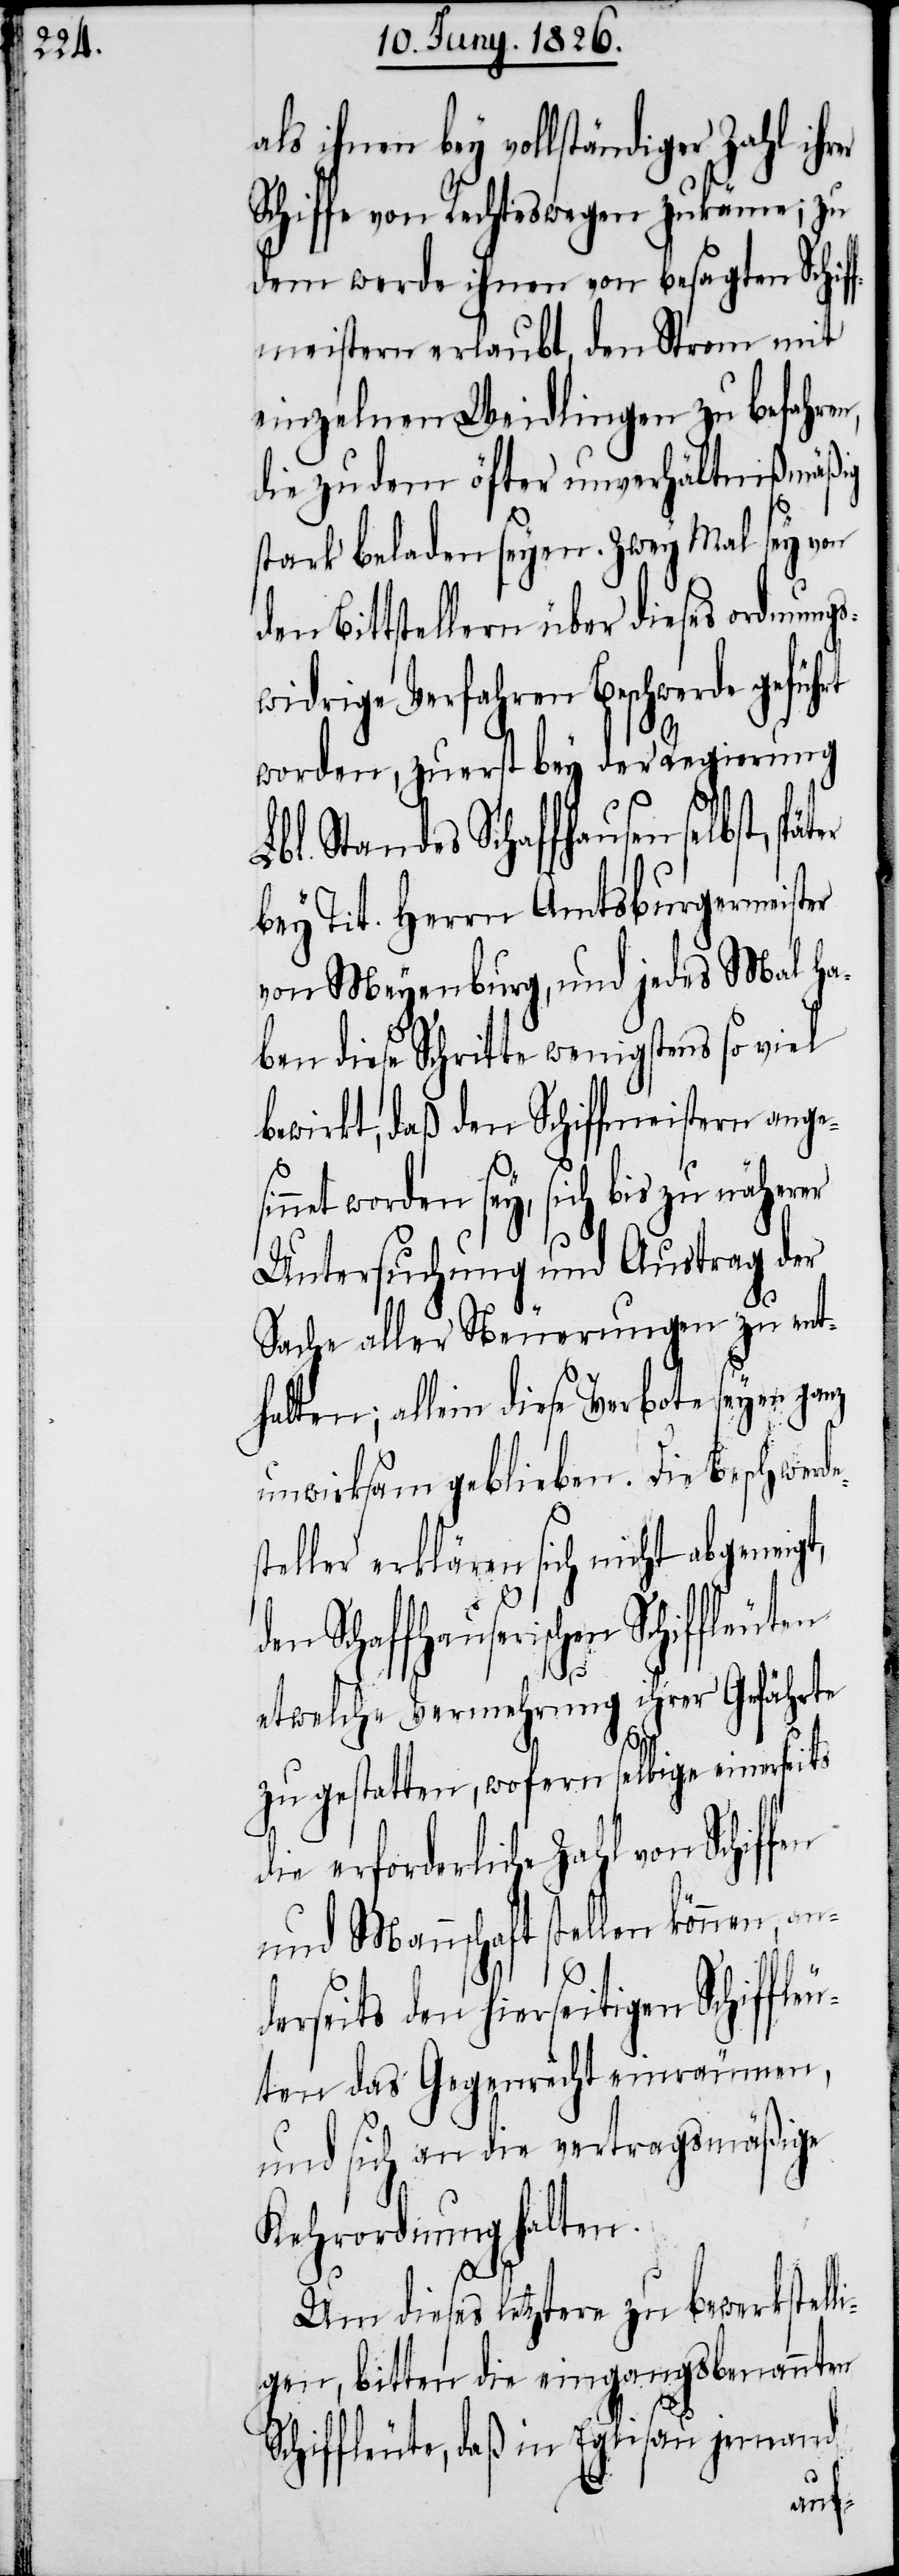
als ihnen bey vollständiger Zahl ih¬
Schiffe von Rechtswegen zukäme; zu
dem werde ihnen von besagten Schif¬
fmeistern erlaubt, den Strom mit
einzelnen Weidlingen zu befahren,
die zu dem öfter unverhältnißmäßig
stark beladen seyen. Zwey Mal sey von
den Bittstellern über dieses ordnungs¬
widrige Verfahren Beschwerde gef¬
worden, zuerst bey der Regierung
Lbl. Standes Schaffhausen selbst,
bey Tit. Herrn Amtsburgermeister
von Meyenburg, und jedes Mal hab¬
en dieses Schritte wenigstens so viel
bewirkt, daß den Schiffmeistern ange¬
net worden sey, sich bis zu näherer
Untersuchung und Austrag der
Sache aller Neuerungen zu ent¬
halten; allein diese Verbote seyen ganz
unwirksam geblieben. Die Beschwerd¬
teller erklären sich nicht abgeneigt,
Schaffhauserischen Schiffleuten
etwelche Vermehrung ihrer Gefährte
zu gestatten, wofern selbige einerseits
die erforderliche Zahl von Schif¬
und Mannschaft stellen können,
erseits den hierseitigen Schiff¬
ten das Gegenrecht einräumen,
und sich an die vertragsmäßige
Kehrordnung halten.
Um dieses letztere zu bewerkstell¬
igen, bitten die eingangsbenannten
Schiffleute, daß in Eglisau jemand
leu¬